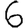
Digit: 6